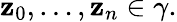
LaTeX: \mathbf{z}_{0},\ldots,\mathbf{z}_{n}\in\gamma.